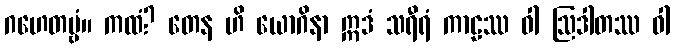
ဂဟေတဗ္ဗံ။ ကထံ? တေန ဟိ ယောဂိနာ ဣဒံ သရီရံ ကာဠဿ ဝါ ဩဒါတဿ ဝါ